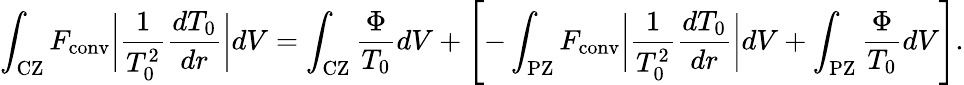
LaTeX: \int_{\mathrm{CZ}}F_{\mathrm{conv}}\bigg|\frac{1}{T_{0}^{2}}\frac{dT_{0}}{dr}\bigg|dV=\int_{\mathrm{CZ}}\frac{\Phi}{T_{0}}dV+\left[-\int_{\mathrm{PZ}}F_{\mathrm{conv}}\bigg|\frac{1}{T_{0}^{2}}\frac{dT_{0}}{dr}\bigg|dV+\int_{\mathrm{PZ}}\frac{\Phi}{T_{0}}dV\right].